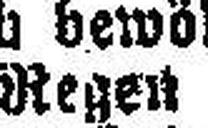
Regen